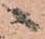
へ